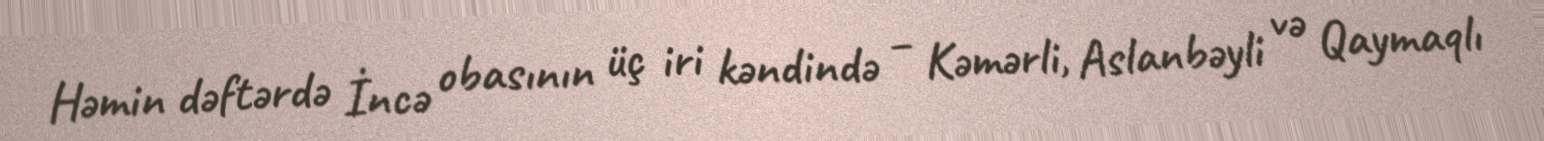
Həmin dəftərdə İncə obasının üç iri kəndində – Kəmərli, Aslanbəyli və Qaymaqlı